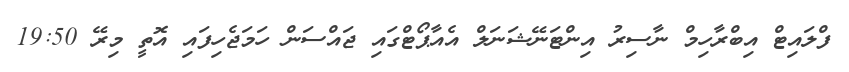
ފްލައިޓް އިބްރާހިމް ނާސިރު އިންޓަނޭޝަނަލް އެއާޕޯޓްގައި ޖައްސަން ހަމަޖެހިފައި އޮތީ މިރޭ 19:50